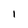
Character: l